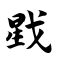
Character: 戥